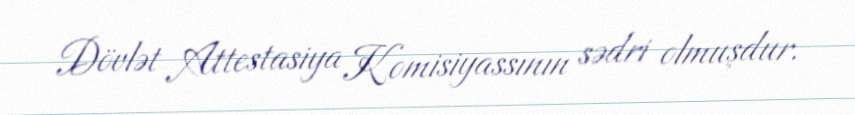
Dövlət Attestasiya Komisiyassının sədri olmuşdur.